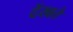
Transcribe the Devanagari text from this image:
देंखते